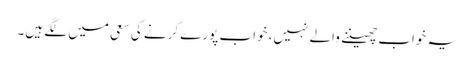
یہ خواب چھیننے والے نہیں، خواب پورے کرنے کی سعی میں لگے ہیں۔